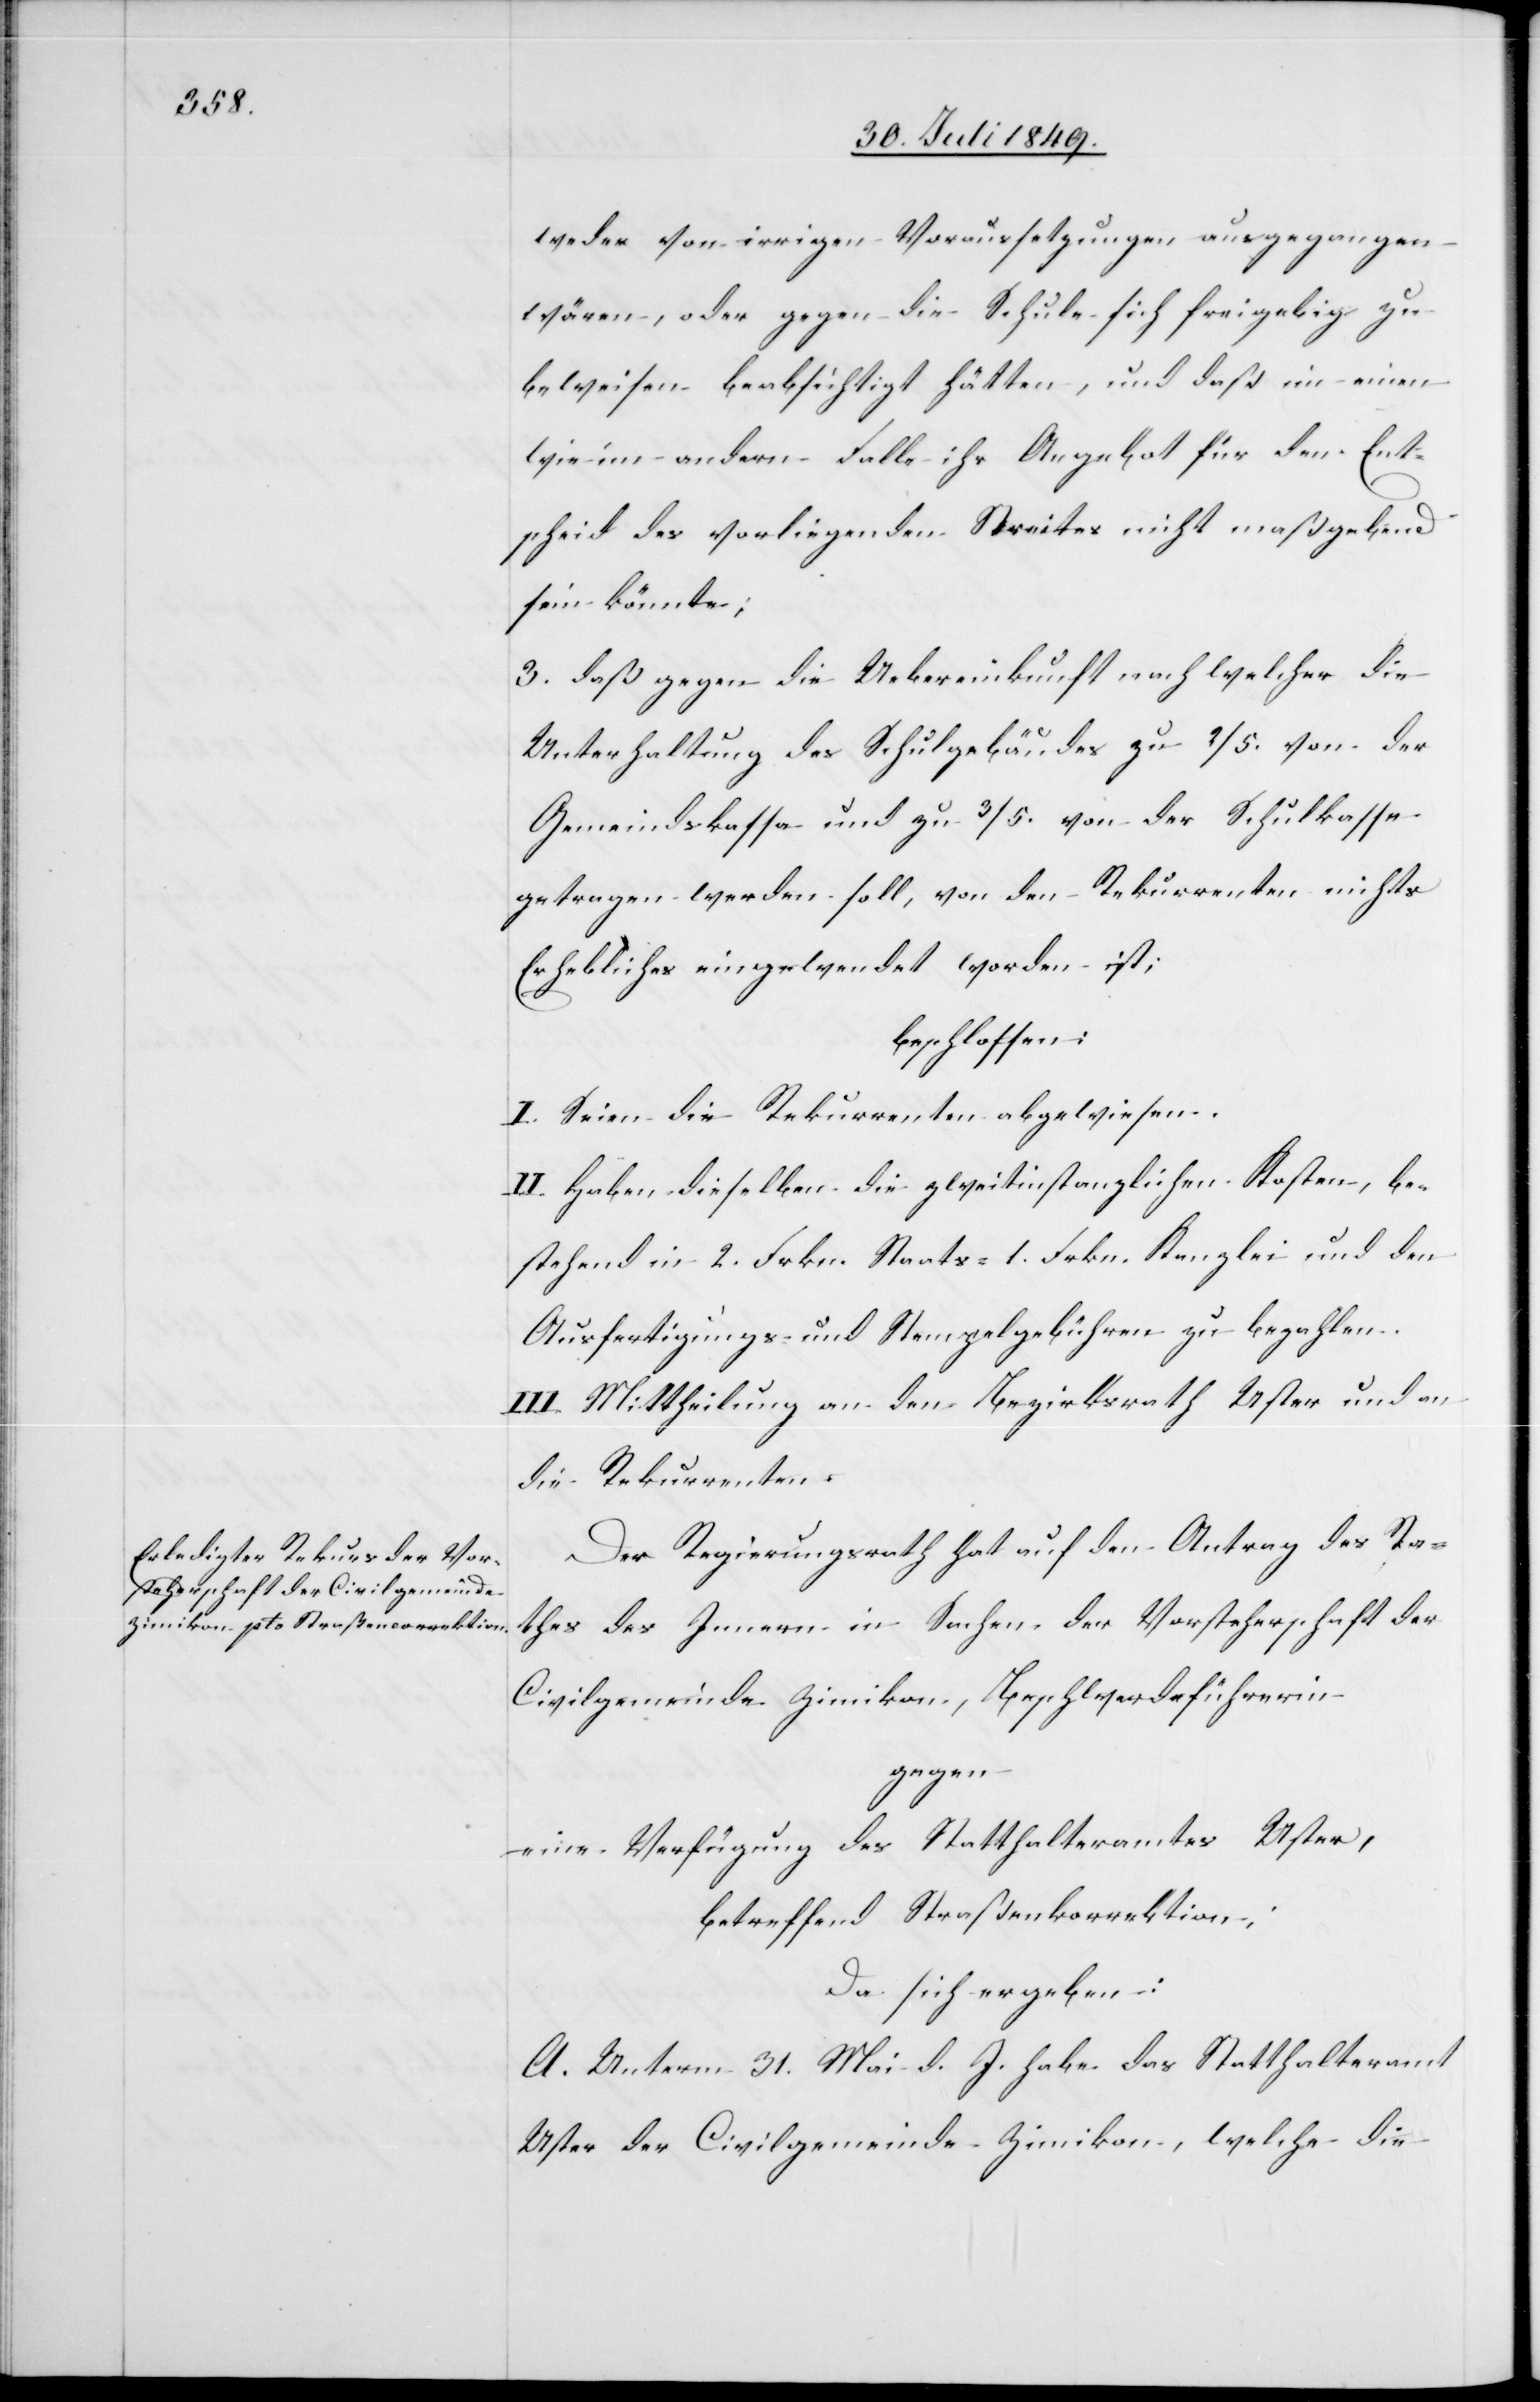
weder von irriger Voraussetzungen ausgegangen
wären, oder gegen die Schule sich freigebig zu
beweisen beabsichtigt hätten, und daß im einen
wie im andern Falle ihr Angebot für den Ent¬
scheid des vorliegenden Streites nicht maßgebend
sein könnte;
3. daß gegen die Uebereinkunft nach welcher die
Unterhaltung des Schulgebäudes zu 2/5. von der
Gemeindskassa und zu 3/5. von der Schulkasse
getragen werden soll, von den Rekurrenten nichts
Erhebliches eingewendet worden ist;
beschlossen:
I. Seien die Rekurrenten abgewiesen.
II. Haben dieselben die zweitinstanzlichen Kosten, be¬
stehend in 2. Frkn. Staats- 1. Frkn. Kanzlei und den
Ausfertigungs- und Stempelgebühren zu bezahlen.
III. Mittheilung an den Bezirksrath Uster und an
die Rekurrenten.
Der Regierungsrath hat auf den Antrag des Ra¬
thes des Innern in Sachen der Vorsteherschaft der
Civilgemeinde Zimikon, Beschwerdeführerin
gegen
eine Verfügung des Statthalteramtes Uster,
betreffend Straßenkorrektion;
Da sich ergeben:
A. Unterm 31. Mai d. J. habe das Statthalteramt
Uster der Civilgemeinde Zimikon, welche die